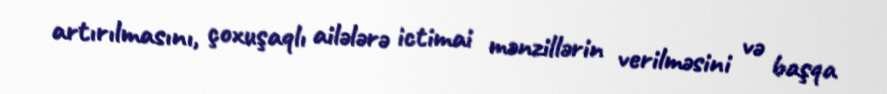
artırılmasını, çoxuşaqlı ailələrə ictimai mənzillərin verilməsini və başqa